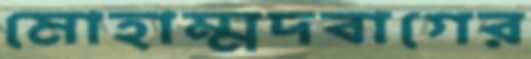
মোহাম্মদবাগের